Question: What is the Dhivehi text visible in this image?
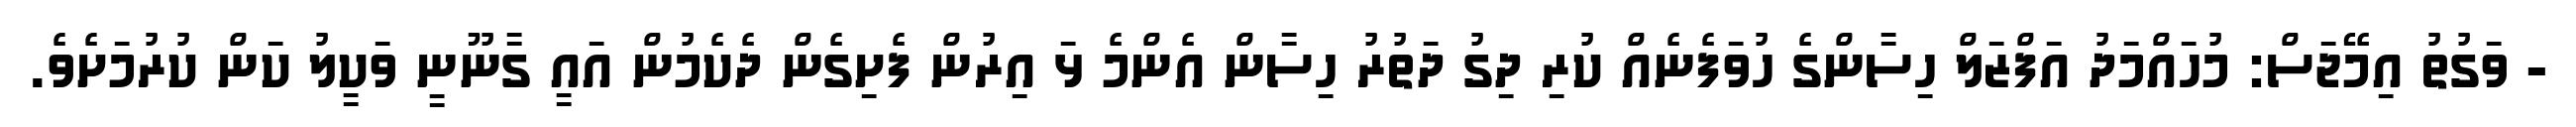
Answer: - ވަގުތު އިމޭޖަސް: މުހައްމަދު އަފްޒަލް ހިސާންގެ ހުވަފެނެއް ކުރި ދިގު ދަތުރު ހިސާން އެންމެ ޅަ އިރުން ފެށިގެން ދެކެމުން އައީ ގާނޫނީ ވަކީލު ކަން ކުރުމަށެވެ.